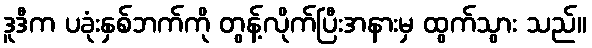
ဒူဒီက ပခုံးနှစ်ဘက်ကို တွန့်လိုက်ပြီးအနားမှ ထွက်သွား သည်။